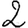
Digit: 2